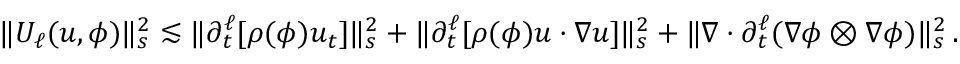
\begin{array} { r } { \| U _ { \ell } ( u , \phi ) \| _ { s } ^ { 2 } \lesssim \| \partial _ { t } ^ { \ell } [ \rho ( \phi ) u _ { t } ] \| _ { s } ^ { 2 } + \| \partial _ { t } ^ { \ell } [ \rho ( \phi ) u \cdot \nabla u ] \| _ { s } ^ { 2 } + \| \nabla \cdot \partial _ { t } ^ { \ell } ( \nabla \phi \otimes \nabla \phi ) \| _ { s } ^ { 2 } \, . } \end{array}